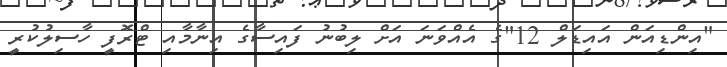
"އިންޑިއަން އައިޑަލް 12"ގެ އެއްވަނަ އަށް ލިބުނު ފައިސާގެ އިނާމާއި ޓްރޮފީ ހާސިލުކުރީ